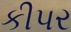
કીપર